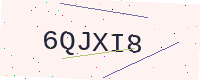
Text: 6QJXI8